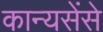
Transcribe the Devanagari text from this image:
कान्यसेंसे